Indian journal of veterinary science and animal husbandry - Volume 3,
Year: 1933
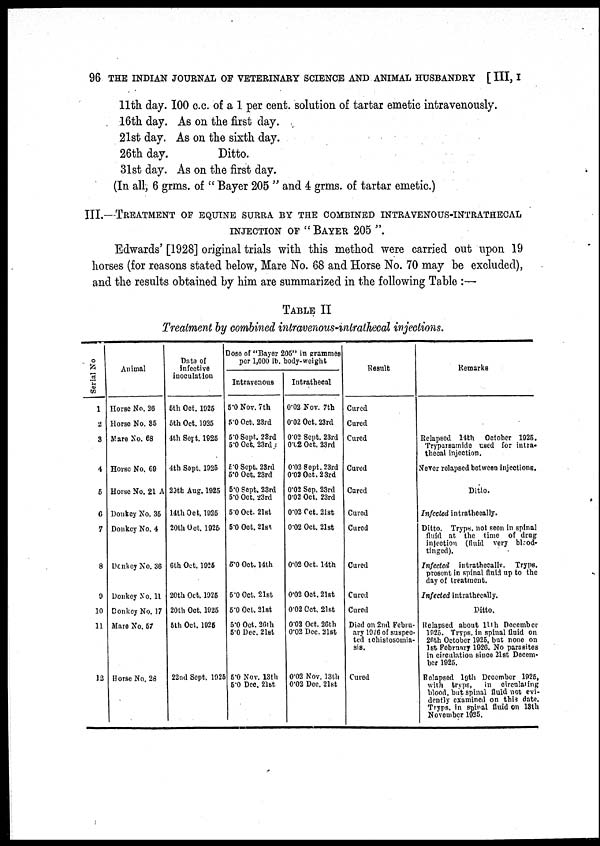
96 THE INDIAN JOURNAL OF VETERINARY SCIENCE AND ANIMAL HUSBANDRY [ III, I
11th day. 100 c.c. of a 1 per cent. solution of tartar emetic intravenously.
16th day. As on the first day.
21st day. As on the sixth day.
26th day.
Ditto.
31st day. As on the first day.
(In all, 6 grms. of " Bayer 205 " and 4 grms. of tartar emetic.)
III.—TREATMENT OF EQUINE SURRA BY THE COMBINED INTRAVENOUS-INTRATHECA
INJECTION OF " BAYER 205 ".
Edwards' [1928] original trials with this method were carried out upon 19
horses (for reasons stated below, Mare No. 68 and Horse No. 70 may be excluded),
and the results obtained by him are summarized in the following Table :—
TABLE II
Treatment by combined intravenous-intrathecal injections.
Serial No
1
2
3
4
5
6
7
8
9
10
11
12
Animal
Horse No. 26
Horse No. 35
Mare No. 68
Horse No. 60
Horse No. 21 A
Donkey No. 35
Donkey No. 4
Donkcy No. 36
Donkey No. 11
Donkey No. 17
Mare No. 57
Horse No. 28
Data of
infective
inoculation
5th Oct. 1925
5th Oct. 1925
4th Sept. 1925
4th Sept. 1925
29th Aug. 1925
14th Oct. 1925
20th Oct. 1926
6th Oct. 1926
20th Oct. 1925
20th Oct. 1925
5th Oct. 1925
22nd Sept. 1925
Dose of "Bayer 205" in grammes
per 1,000 lb. body-weight
Intravenous
5.0 Nov. 7th
5.0 Oct. 23rd
5.0 Sept. 23rd
5.0 Oct. 23rd
5.0 Sept. 23rd
5.0 Oct. 23rd
5.0 Sept. 23rd
5.0 Oct. 23rd
5.0 Oct. 21st
5.0 Oct. 21st
5.0 Oct. 14th
5.0 Oct. 21st
5.0 Oct. 21st
5.0 Oct. 26th
5.0 Dec. 21st
5.0 Nov. 13th
5.0 Dec. 21st
Intrathecal
0.02 Nov. 7th
0.02 Oct. 23rd
0.02 Sept. 23rd
0.02 Oct. 23rd
0.02 Sept. 23rd
0.02 Oct. 23rd
0.02 Sep. 23rd
0.02 Oct. 23rd
0.02 Oct. 21st
0.02 Oct. 21st
0.02 Oct. 14th
0.02 Oct. 21st
0.02 Oct. 21st
0.02 Oct, 26th
0.02 Dec. 21st
0.02 Nov. 13th
0.02 Dec. 21st
Result
Cured
Cured
Cured
Cured
Cured
Cured
Cured
Cured
Cured
Cured
Died on 2nd Febru-
ary 1926 of suspec-
ted chistosomia-
sis.
Cured
Remarks
Relapsed 14th October 1925.
Tryparsamide used for intra-
thecal injection.
Never relapsed between injections.
Ditto.
Infected intrathecally.
Ditto. Tryps. not seen in spinal
fluid at " the time of drug
injection (fluid very blood-
tinged).
Infected intrathecallv. Tryps.
present in spinal fluid up to the
day of treatment.
Infected intrathecally.
Ditto.
Relapsed about 11th December
1925. Tryps. in spinal fluid on
26th October 1925, but none on
1st February 1926. No parasites
in circulation since 21st Decem-
ber 1925.
Relapsed 19th December 1925,
with tryps,
in circulating
blood, but spinal fluid not evi-
dently examined on this date.
Tryps. in spinal fluid on 13th
November 1025.